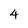
Character: 4